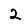
Digit: 2